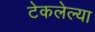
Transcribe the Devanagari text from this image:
टेकलेल्या